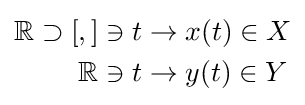
{\begin{aligned}\mathbb {R} \supset [,]\ni t&\to x(t)\in X\\\mathbb {R} \ni t&\to y(t)\in Y\end{aligned}}